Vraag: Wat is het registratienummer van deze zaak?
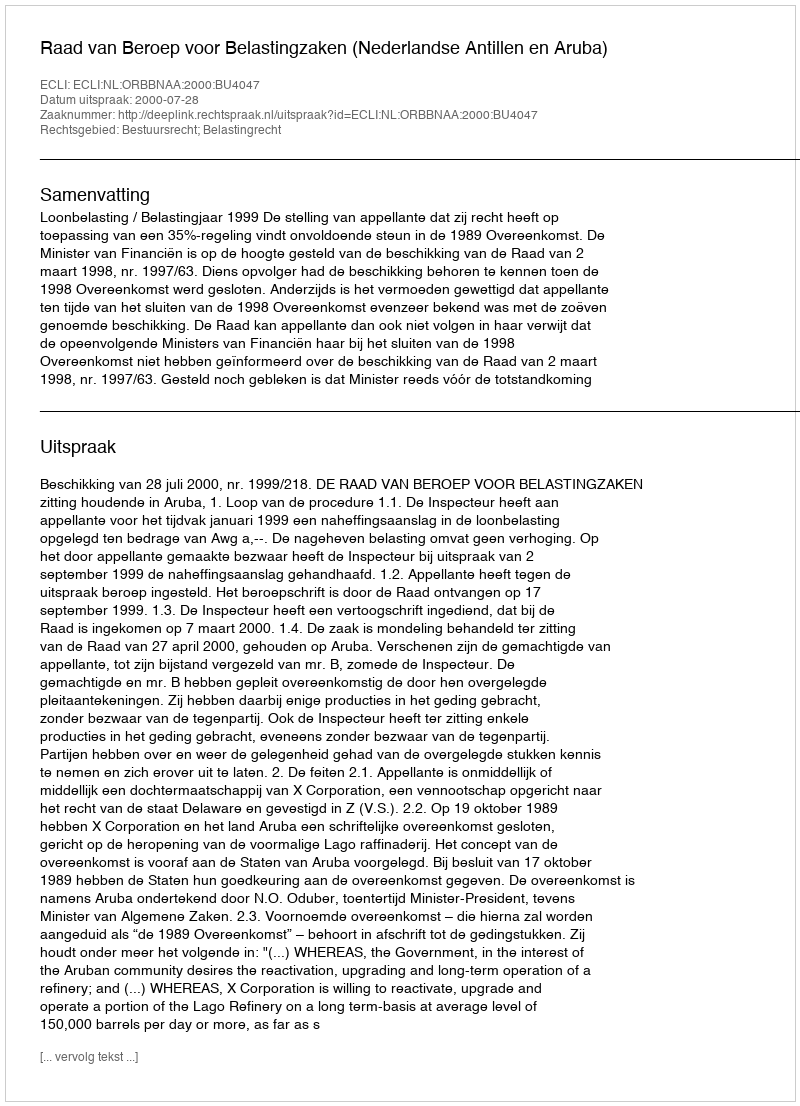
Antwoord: http://deeplink.rechtspraak.nl/uitspraak?id=ECLI:NL:ORBBNAA:2000:BU4047